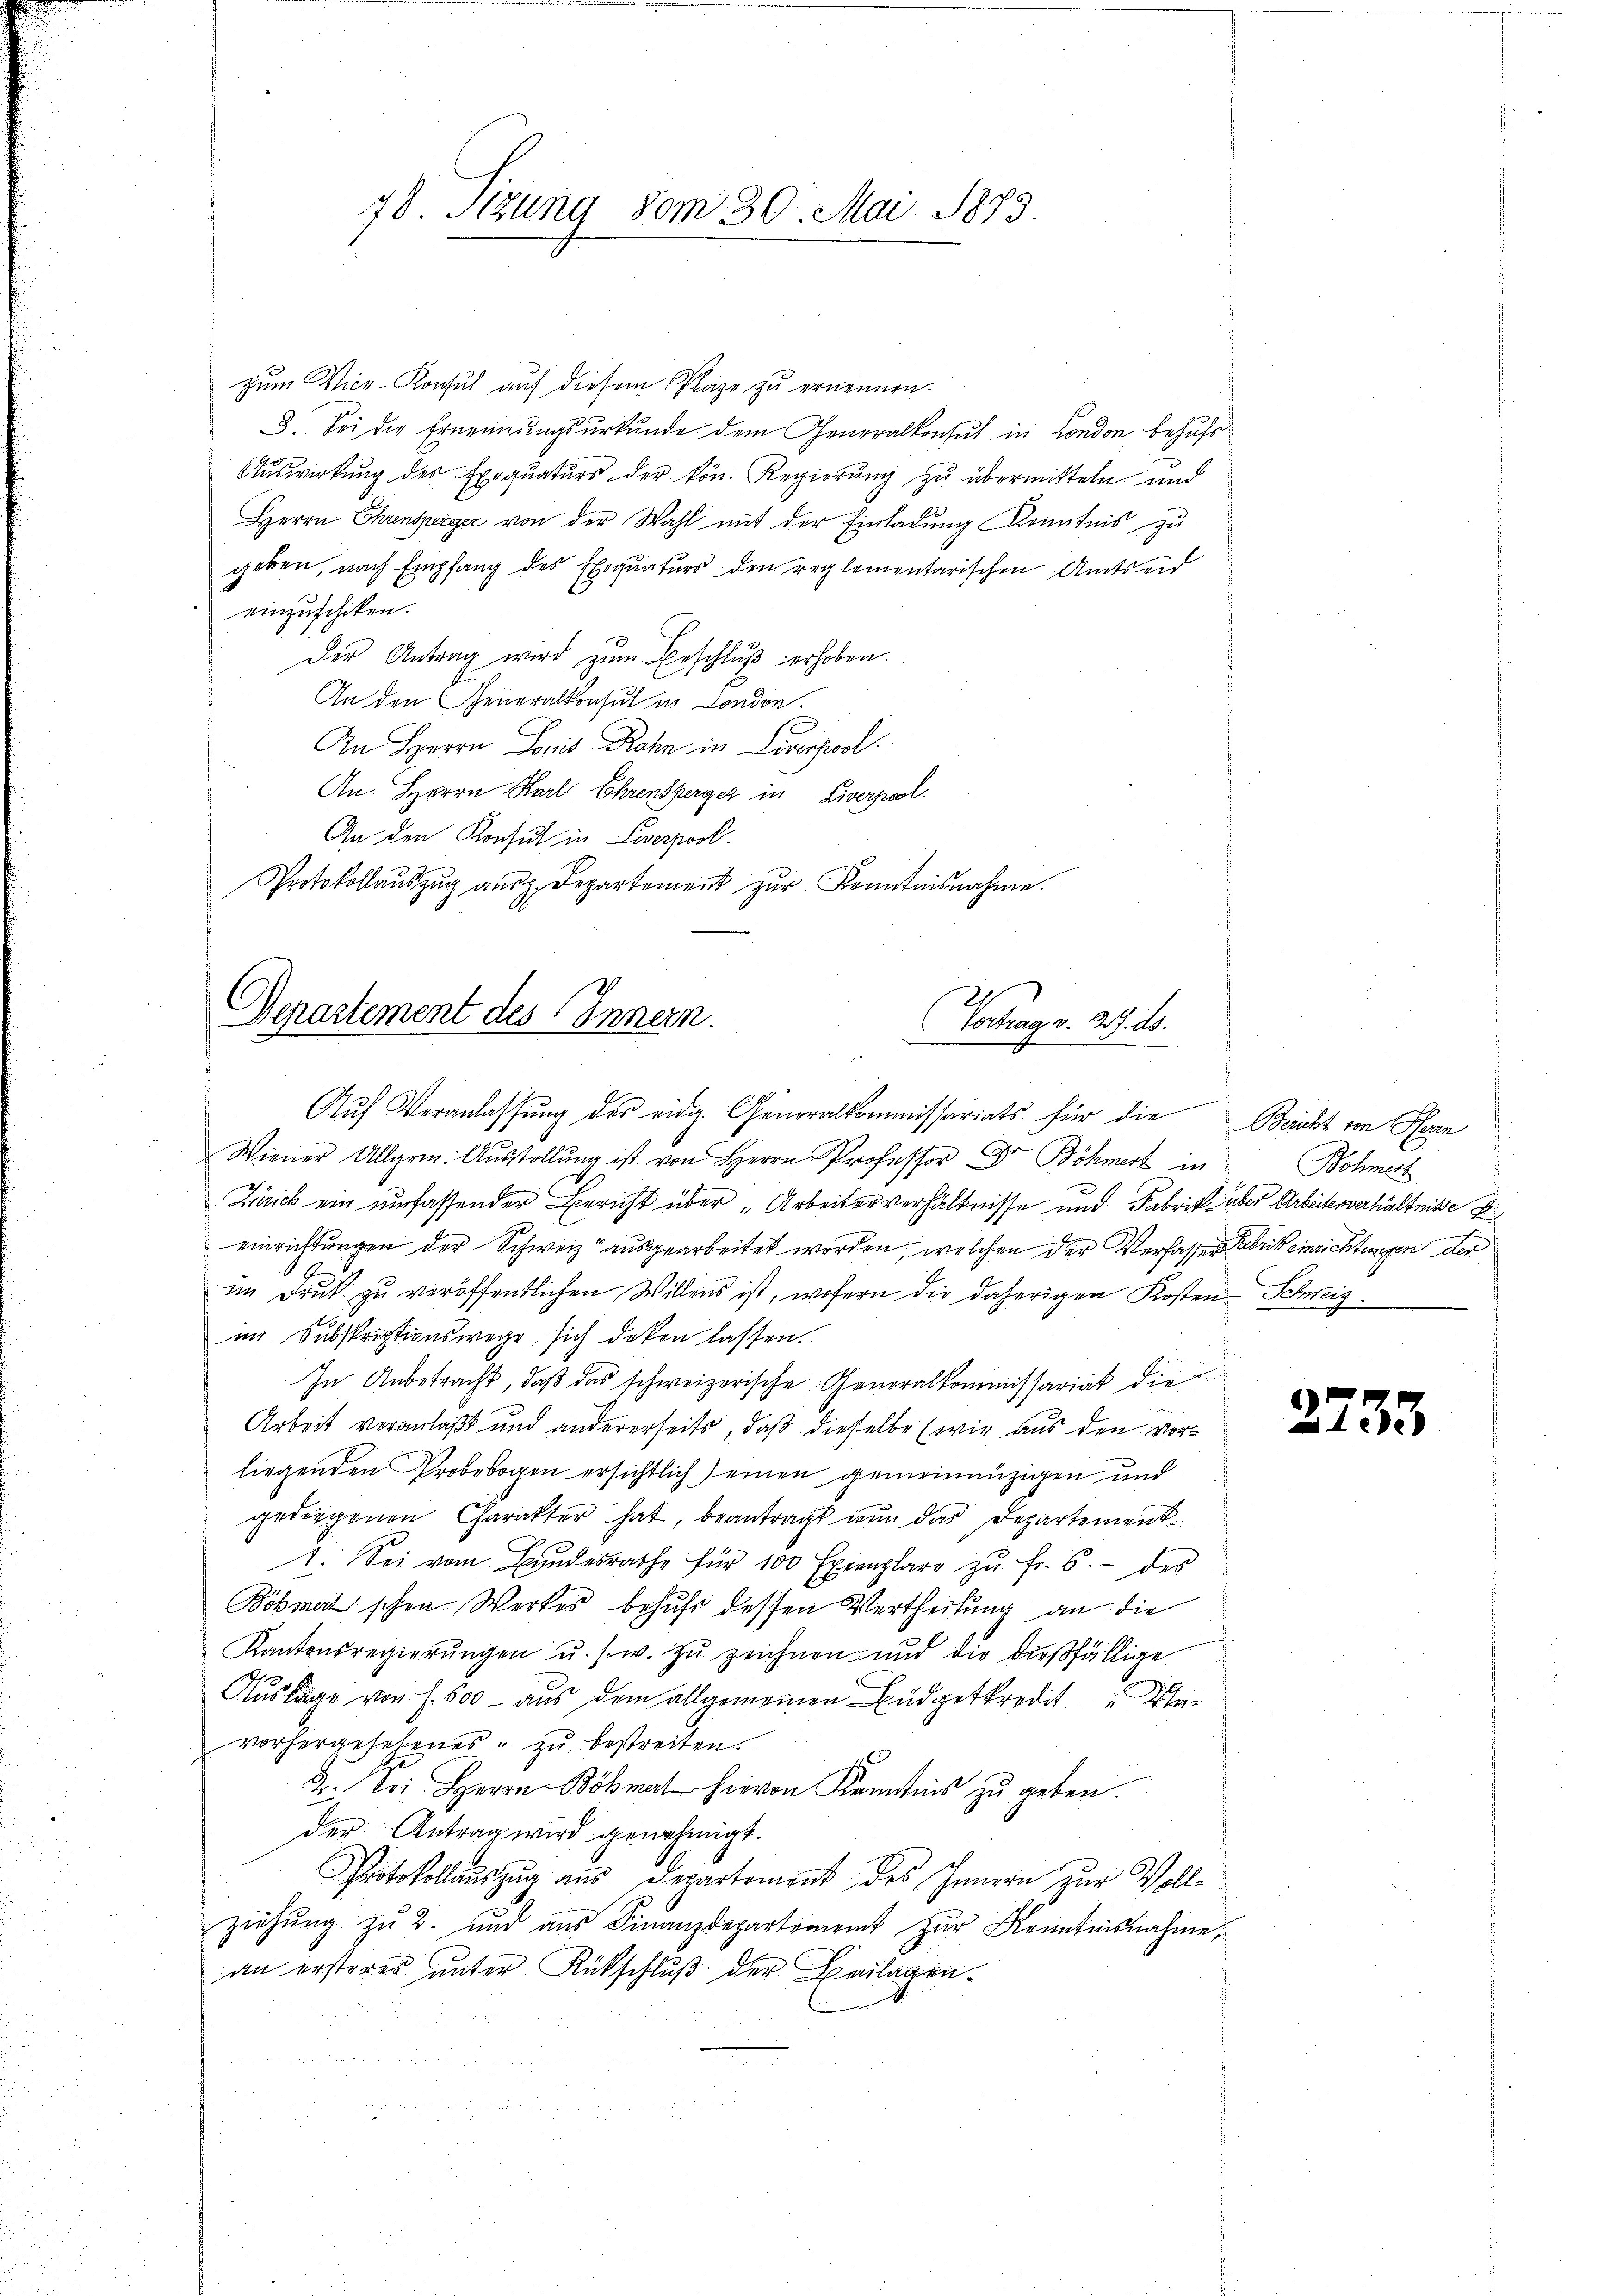
78. Stzung vom 30. Mai 1873.

zum Vice-Konsul auf diesem Plage zu ernennen.
3. Sei die Ernennungsurkunde dem Generalkonsul in London behufs
Auswirkung des Exequaturs der kön. Regierung zu übermitteln und
Herrn Ehrensperger von der Wahl mit der Einladung Kenntnis zu
geben, nach Empfang des Exequaturs den reglementarischen Amtseid
einzuschiken.
Der Antrag wird zŭm Beschluß erhoben.
An den Generalkonsul in London.
An Herrn Loris Rahn in Liverpool
An Herrn Karl Ehrensperger in Liverpol.
An den Konsul in Liverpool.
Protokollaŭszŭg aŭsg. Departement zŭr Kenntnisnahme.
Departement des Innern.

Vortrag v. 27. ds.

Aŭf Veranlassŭng des eidg. Generalkommissariats für die Beicht von Han
Wiener Allgem. Aŭsstellŭng ist von Herrn Professor Dr Böhmer in Bohnert
.
Zaick ein umfassender Bericht über „Arbeiterverhältnisse und Fabrik über Arbeiterverhältnisse d
einrichtungen der Schweiz ausgearbeitet worden, welchen der Verfassen einrichtungen der
im Druk zu veröffentlichen Willens ist, wofern die daherigen Kosten- Schweiz.
im Subskriptionswege sich deken lassen.
In Anbetracht, daß das schweizerische Generalkommissariat die
Arbeit veranlaßt und andererseits, daß dieselbe (wie aus den vorliegenden Probebogen ersichtlich) einen gemeinnüzigen und
gedeigenen Charakter hat, beantragt nun das Departement¬
1. Sei vom Bundesrathe für 100 Exemplare zŭ fr. 6. des
Bobmatischen Werkes behufs dessen Vertheilung an die
Kantonsregierŭngen u. s. w. zŭ zeichnen und die dießfällige
Auslage von f. 500 - aus dem allgemeinen Budgetkredit de
vorhergesehenes zu bestreiten.
2. Bei Herrn Böhmer hievon Kenntnis zu geben.
der Antrag wird genehmigt.
Protokollaŭszŭg aŭs Departement des Innern zŭr Voll-
ziehung zu 2. und aus Finanzdepartement zur Kenntnisnahme,
an ersteres unter Rückschluß der Beilagen¬

2733